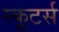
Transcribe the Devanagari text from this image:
स्कूटर्स